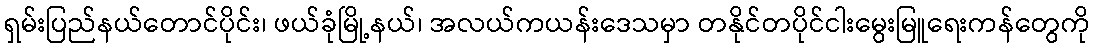
ရှမ်းပြည်နယ်တောင်ပိုင်း၊ ဖယ်ခုံမြို့နယ်၊ အလယ်ကယန်းဒေသမှာ တနိုင်တပိုင်ငါးမွေးမြူရေးကန်တွေကို